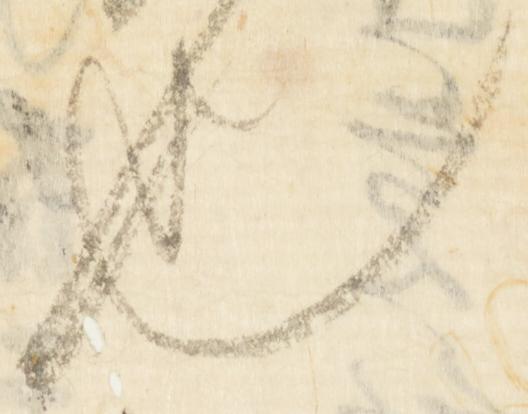
也